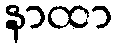
နာထာ